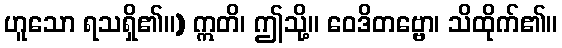
ဟူသော ရသရှိ၏။) ဣတိ၊ ဤသို့။ ဝေဒိတဗ္ဗော၊ သိထိုက်၏။